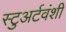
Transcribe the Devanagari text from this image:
स्टुअर्टवंशी